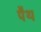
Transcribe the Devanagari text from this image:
पैथ